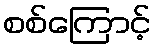
စစ်ကြောင့်